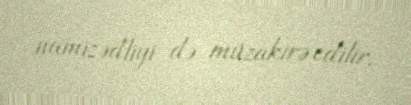
namizədliyi də müzakirə edilir.